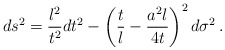
\begin{align*}ds^2 = \frac{l^2}{t^2} dt^2 - \left(\frac tl - \frac{a^2l}{4t}\right)^2 d\sigma^2\,.\end{align*}